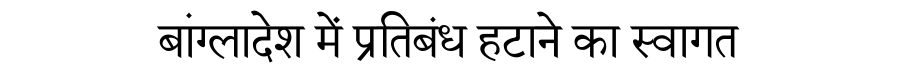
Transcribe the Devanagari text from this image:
बांग्लादेश में प्रतिबंध हटाने का स्वागत